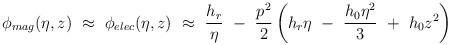
LaTeX: \begin{align*}\phi_{mag} (\eta,z) ~\approx~ \phi_{elec} (\eta,z) ~\approx~ \frac {h_{r}} \eta ~-~ \frac{p^2}{2} \left( h_{r} \eta ~-~ \frac{h_{0} \eta^2}{3} ~+~ h_{0} z^2 \right)\end{align*}